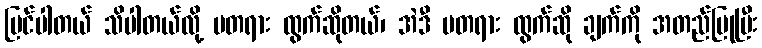
မြင်ပါတယ် သိပါတယ်လို့ မတရား ထွက်ဆိုတယ်၊ အဲဒီ မတရား ထွက်ဆို ချက်ကို အတည်ပြုပြီး